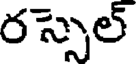
రస్సెల్